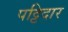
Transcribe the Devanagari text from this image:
पट्टिदार